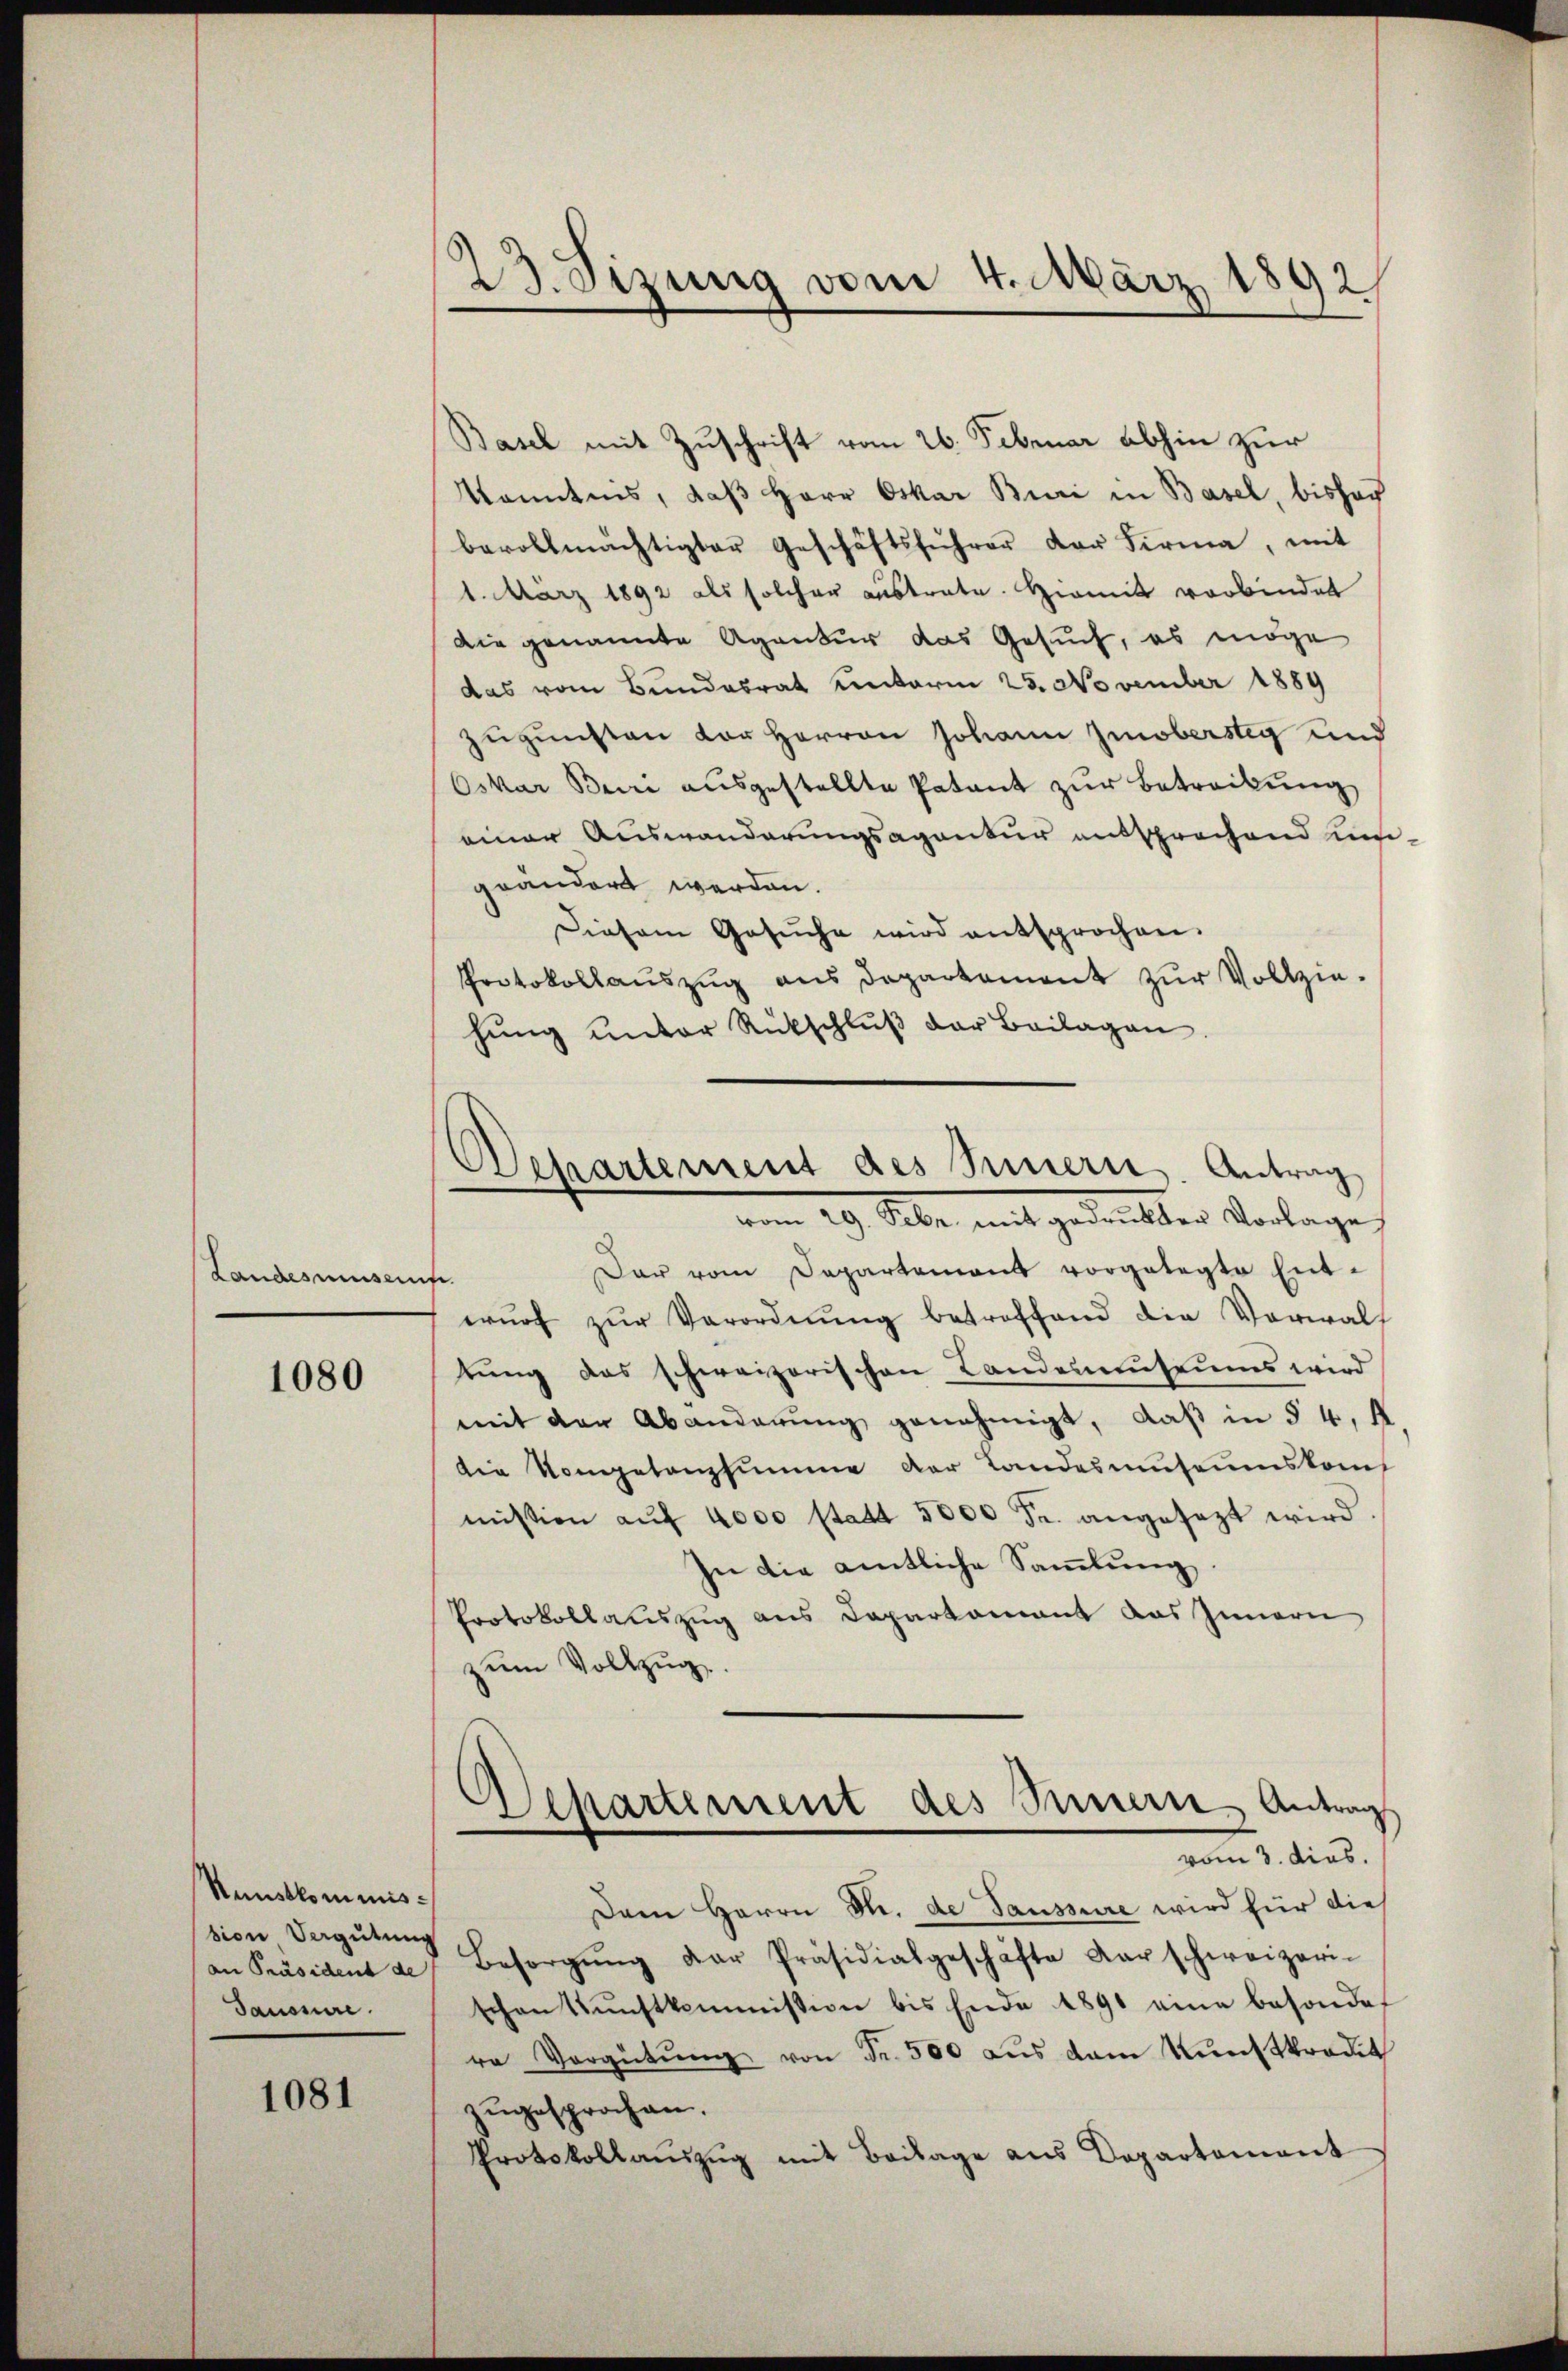
Landesausenf.

1080

Sunstkommis-
sion Vergütung
an Präsident de
Danonire.

1081

23. Sizung vom 4. März 1892

Basel mit Zuschrift vom 26. Februar abhin zur
Kenntnis, daß Herr Oskar Buri in Basel, bishof
bevollmächtigter Geschäftsführer der Firma, mit
1. März 1892 als solcher austrate. Hiemit verbindet
Die genannte Agentur das Gesuch, es möge
das vom Bundesrat unterm 25. November 1889
Zugunsten der Herrn Johann Zinoberstig und
Oskar Bei ausgestellte Patent zur Betreibung
einer Auswanderungsagentur entsprochend umgeändert werden.
Diesem Gesŭche wird entsprochen.
Protokollauszug aus Departament zur Vollziehŭng unter Rückschlŭβ der Beilagen

Departement des Innern. Antrag
vom 19. Febr. mit gedruckter Vorlage

Dar vom Departement vorgelegte Entwŭrf zŭr Verordnŭng betroffend die Vorwalt
tung das schweizerischen Landenmuseums wird
mit der Abänderung genehmigt, daß in § 4, A
die Kompetanzsumme der Landesmuseumskommission auf 4000 statt 5000 Fr. angesezt wird
In die amtliche Samlung
Protokollauszug aus Departement das Innern
zum Vollzug

Separtement des Innern Antrags
vom 3. dies.

Dem Herrn Str. de Saussere wird für dies
Besorgŭng der Präsidialgeschäfte darschweizeri-
schen Kŭnstkommission bis Ende 1891 eine besonde
re Vergütŭng von Fr. 500 aus dem Kunstkredit
zŭgesprochen.
Protokollanzŭg mit Beilage aus Departement